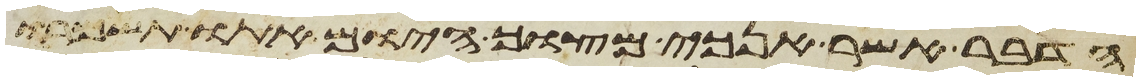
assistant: הדבר אשר אנכי מצוך היום אתו תשמרו